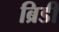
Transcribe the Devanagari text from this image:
ब्रिडी